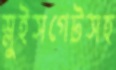
স্লুইসগেটসহ